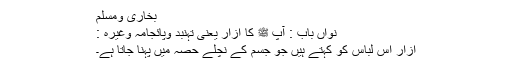
بخاری ومسلم
نواں باب : آپ ﷺ کا ازار یعنی تہنبد وپائجامہ وغیرہ :
ازار اس لباس کو کہتے ہیں جو جسم کے نچلے حصہ میں پہنا جاتا ہے۔